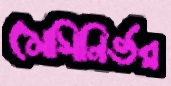
মেসিনির্ভর